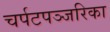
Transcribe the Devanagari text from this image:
चर्पटपञ्जरिका